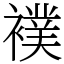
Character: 襆